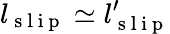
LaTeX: l_{\mathrm{~s~l~i~p~}}\simeq l_{\mathrm{~s~l~i~p~}}^{\prime}